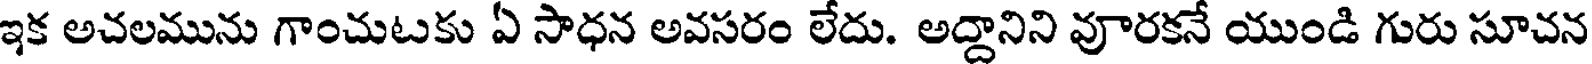
ఇక అచలమును గాంచుటకు ఏ సాధన అవసరం లేదు. అద్దానిని వూరకనే యుండి గురు సూచన